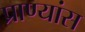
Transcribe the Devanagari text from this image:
प्राण्यांस